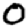
Digit: 0